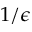
1 / \epsilon